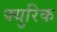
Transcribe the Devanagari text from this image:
फ्युरिक